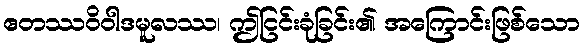
ဧတဿဝိဝါဒမူလဿ၊ ဤငြင်းခုံခြင်း၏ အကြောင်းဖြစ်သော